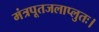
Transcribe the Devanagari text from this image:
मंत्रपूतजलाप्लुतः।